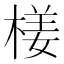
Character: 𣕞